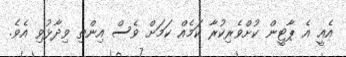
އެއީ އެ ޕާޓީން ކުށްވެރިކުރާ ކަމެއް ކަމަށް ވެސް އިންތި ވިދާޅުވި އެެވެ.